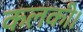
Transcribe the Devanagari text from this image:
कलकी।